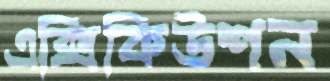
এক্সিকিউশন